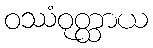
ဝဿံဝုတ္ထာယ